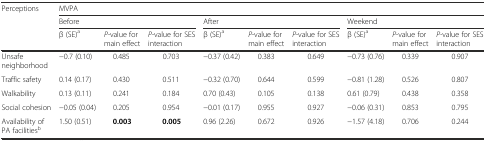
| <ROWSPAN=3> Perceptions | <COLSPAN=9> MVPA |
 | <COLSPAN=3> Before | <COLSPAN=3> After | <COLSPAN=3> Weekend |
 | β (SE)a | P-value for main effect | P-value for SES interaction | β (SE)a | P-value for main effect | P-value for SES interaction | β (SE)a | P-value for main effect | P-value for SES interaction |
 | --- | --- | --- | --- | --- | --- | --- | --- | --- | --- |
 | Unsafe neighborhood | −0.7 (0.10) | 0.485 | 0.703 | −0.37 (0.42) | 0.383 | 0.649 | −0.73 (0.76) | 0.339 | 0.907 |
 | Traffic safety | 0.14 (0.17) | 0.430 | 0.511 | −0.32 (0.70) | 0.644 | 0.599 | −0.81 (1.28) | 0.526 | 0.807 |
 | Walkability | 0.13 (0.11) | 0.241 | 0.184 | 0.70 (0.43) | 0.105 | 0.138 | 0.61 (0.79) | 0.438 | 0.358 |
 | Social cohesion | −0.05 (0.04) | 0.205 | 0.954 | −0.01 (0.17) | 0.955 | 0.927 | −0.06 (0.31) | 0.853 | 0.795 |
 | Availability of PA facilitiesb | 1.50 (0.51) | 0.003 | 0.005 | 0.96 (2.26) | 0.672 | 0.926 | −1.57 (4.18) | 0.706 | 0.244 |